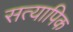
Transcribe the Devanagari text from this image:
सत्यापिक